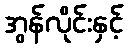
အွန်လိုင်းနှင့်